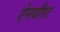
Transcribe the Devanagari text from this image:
ऐनथीस्ट